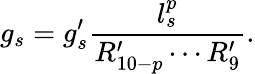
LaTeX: g_{s}=g_{s}^{\prime}\frac{l_{s}^{p}}{R_{10-p}^{\prime}\cdots R_{9}^{\prime}}.